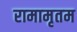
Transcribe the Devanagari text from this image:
रामामृतम